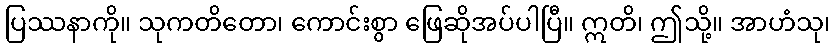
ပြဿနာကို။ သုကတိတော၊ ကောင်းစွာ ဖြေဆိုအပ်ပါပြီ။ ဣတိ၊ ဤသို့။ အာဟံသု၊